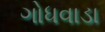
ગોધવાડા